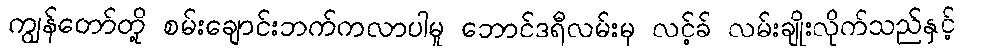
ကျွန်တော်တို့ စမ်းချောင်းဘက်ကလာပါမူ ဘောင်ဒရီလမ်းမှ လင့်ခ် လမ်းချိုးလိုက်သည်နှင့်